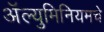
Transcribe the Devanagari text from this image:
अॅल्युमिनियमचे